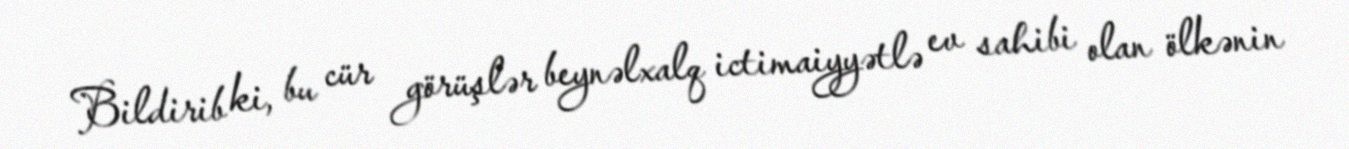
Bildirib ki, bu cür görüşlər beynəlxalq ictimaiyyətlə ev sahibi olan ölkənin